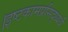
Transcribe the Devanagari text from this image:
।इष्टकामप्रसिद्ध्यर्थं